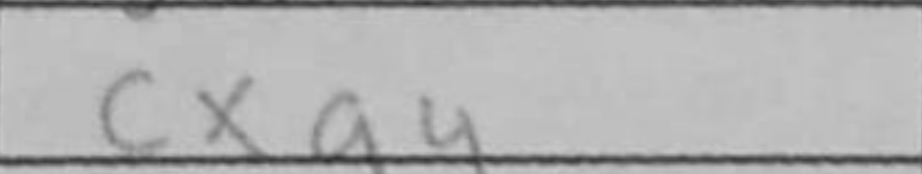
Transcription: cxa4